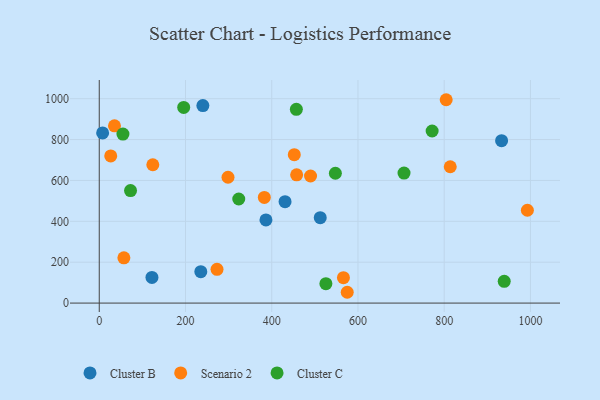
{"axis": {"x": "Ad Spend", "y": "Salary"}, "legend": ["Cluster B", "Cluster C", "Scenario 2"], "data": [{"x": "386.6", "y": 406.9, "type": "Cluster B"}, {"x": "933.1", "y": 794.6, "type": "Cluster B"}, {"x": "240.3", "y": 966.4, "type": "Cluster B"}, {"x": "7.8", "y": 832.7, "type": "Cluster B"}, {"x": "122.2", "y": 125.4, "type": "Cluster B"}, {"x": "235.5", "y": 153.8, "type": "Cluster B"}, {"x": "430.9", "y": 496.1, "type": "Cluster B"}, {"x": "512.5", "y": 418.0, "type": "Cluster B"}, {"x": "566.3", "y": 124.3, "type": "Scenario 2"}, {"x": "298.6", "y": 615.7, "type": "Scenario 2"}, {"x": "57.1", "y": 221.6, "type": "Scenario 2"}, {"x": "804.6", "y": 994.9, "type": "Scenario 2"}, {"x": "992.9", "y": 454.1, "type": "Scenario 2"}, {"x": "575.1", "y": 52.9, "type": "Scenario 2"}, {"x": "452.3", "y": 726.0, "type": "Scenario 2"}, {"x": "382.8", "y": 516.7, "type": "Scenario 2"}, {"x": "273.1", "y": 165.2, "type": "Scenario 2"}, {"x": "26.6", "y": 720.2, "type": "Scenario 2"}, {"x": "814.0", "y": 667.1, "type": "Scenario 2"}, {"x": "124.2", "y": 676.8, "type": "Scenario 2"}, {"x": "457.8", "y": 627.5, "type": "Scenario 2"}, {"x": "490.0", "y": 621.8, "type": "Scenario 2"}, {"x": "35.3", "y": 867.3, "type": "Scenario 2"}, {"x": "72.5", "y": 550.6, "type": "Cluster C"}, {"x": "54.9", "y": 827.0, "type": "Cluster C"}, {"x": "772.0", "y": 841.8, "type": "Cluster C"}, {"x": "457.1", "y": 947.9, "type": "Cluster C"}, {"x": "939.2", "y": 106.5, "type": "Cluster C"}, {"x": "706.8", "y": 635.9, "type": "Cluster C"}, {"x": "547.6", "y": 635.3, "type": "Cluster C"}, {"x": "323.5", "y": 509.3, "type": "Cluster C"}, {"x": "195.8", "y": 957.3, "type": "Cluster C"}, {"x": "525.6", "y": 95.1, "type": "Cluster C"}]}